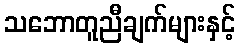
သဘောတူညီချက်များနှင့်